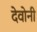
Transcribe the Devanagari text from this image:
देवोनी